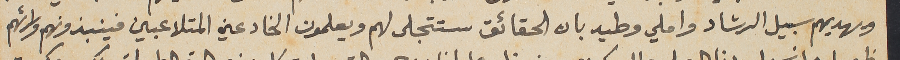
ويهديهم سبيل الرشاد واملي وطيد بان الحقائق ستتجلى لهم ويعلمون الخادعين المتلاعبين فينبذونهم ورائهم